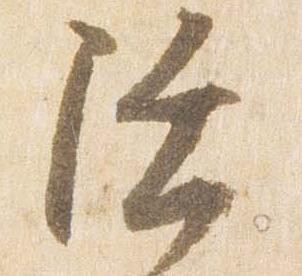
陸